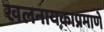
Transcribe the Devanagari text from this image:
खलनायकाप्रमाणे